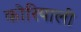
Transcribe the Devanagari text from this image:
कोरियाली